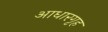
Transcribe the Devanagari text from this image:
आधारगृह